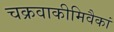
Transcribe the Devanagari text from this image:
चक्रवाकीमिवैकां